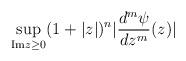
LaTeX: \begin{align*}\sup_{{\rm Im}z \geq 0} (1 + |z|)^{n} |\frac{d^{m}\psi }{dz^{m}} (z)|\end{align*}